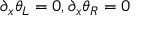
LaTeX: \partial _ { x } \theta _ { L } = 0 , \partial _ { x } \theta _ { R } = 0